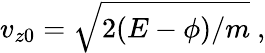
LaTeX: v_{z0}=\sqrt{2(E-\phi)/m}\ ,